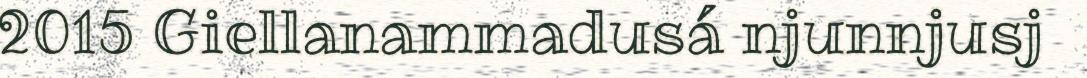
2015 Giellanammadusá njunnjusj